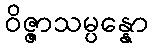
ဝိဇ္ဇာသမ္ပန္နော